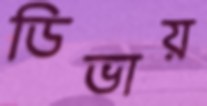
ডিভায়